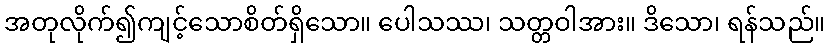
အတုလိုက်၍ကျင့်သောစိတ်ရှိသော။ ပေါသဿ၊ သတ္တဝါအား။ ဒိသော၊ ရန်သည်။